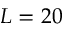
L = 2 0